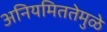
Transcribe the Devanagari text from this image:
अनियमिततेमुळे